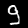
Label: 9